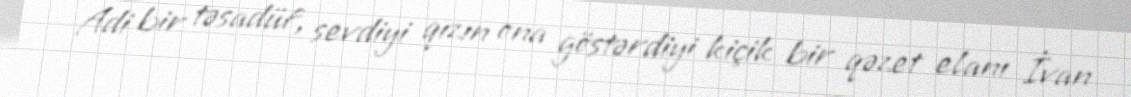
Adi bir təsadüf, sevdiyi qızın ona göstərdiyi kiçik bir qəzet elanı İvan